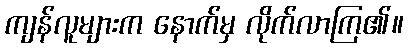
ကျန်လူများက နောက်မှ လိုက်လာကြ၏။